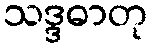
သဒ္ဒဓာတု